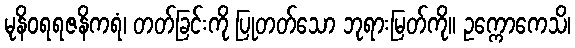
မုနိဝရရဇနိကရံ၊ တတ်ခြင်းကို ပြုတတ်သော ဘုရားမြတ်ကို။ ဥက္ကောကေသိ၊